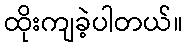
ထိုးကျခဲ့ပါတယ်။